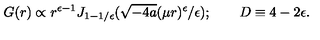
G ( r ) \propto r ^ { \epsilon - 1 } J _ { 1 - 1 / \epsilon } ( \sqrt { - 4 a } ( \mu r ) ^ { \epsilon } / \epsilon ) ; \qquad D \equiv 4 - 2 \epsilon .